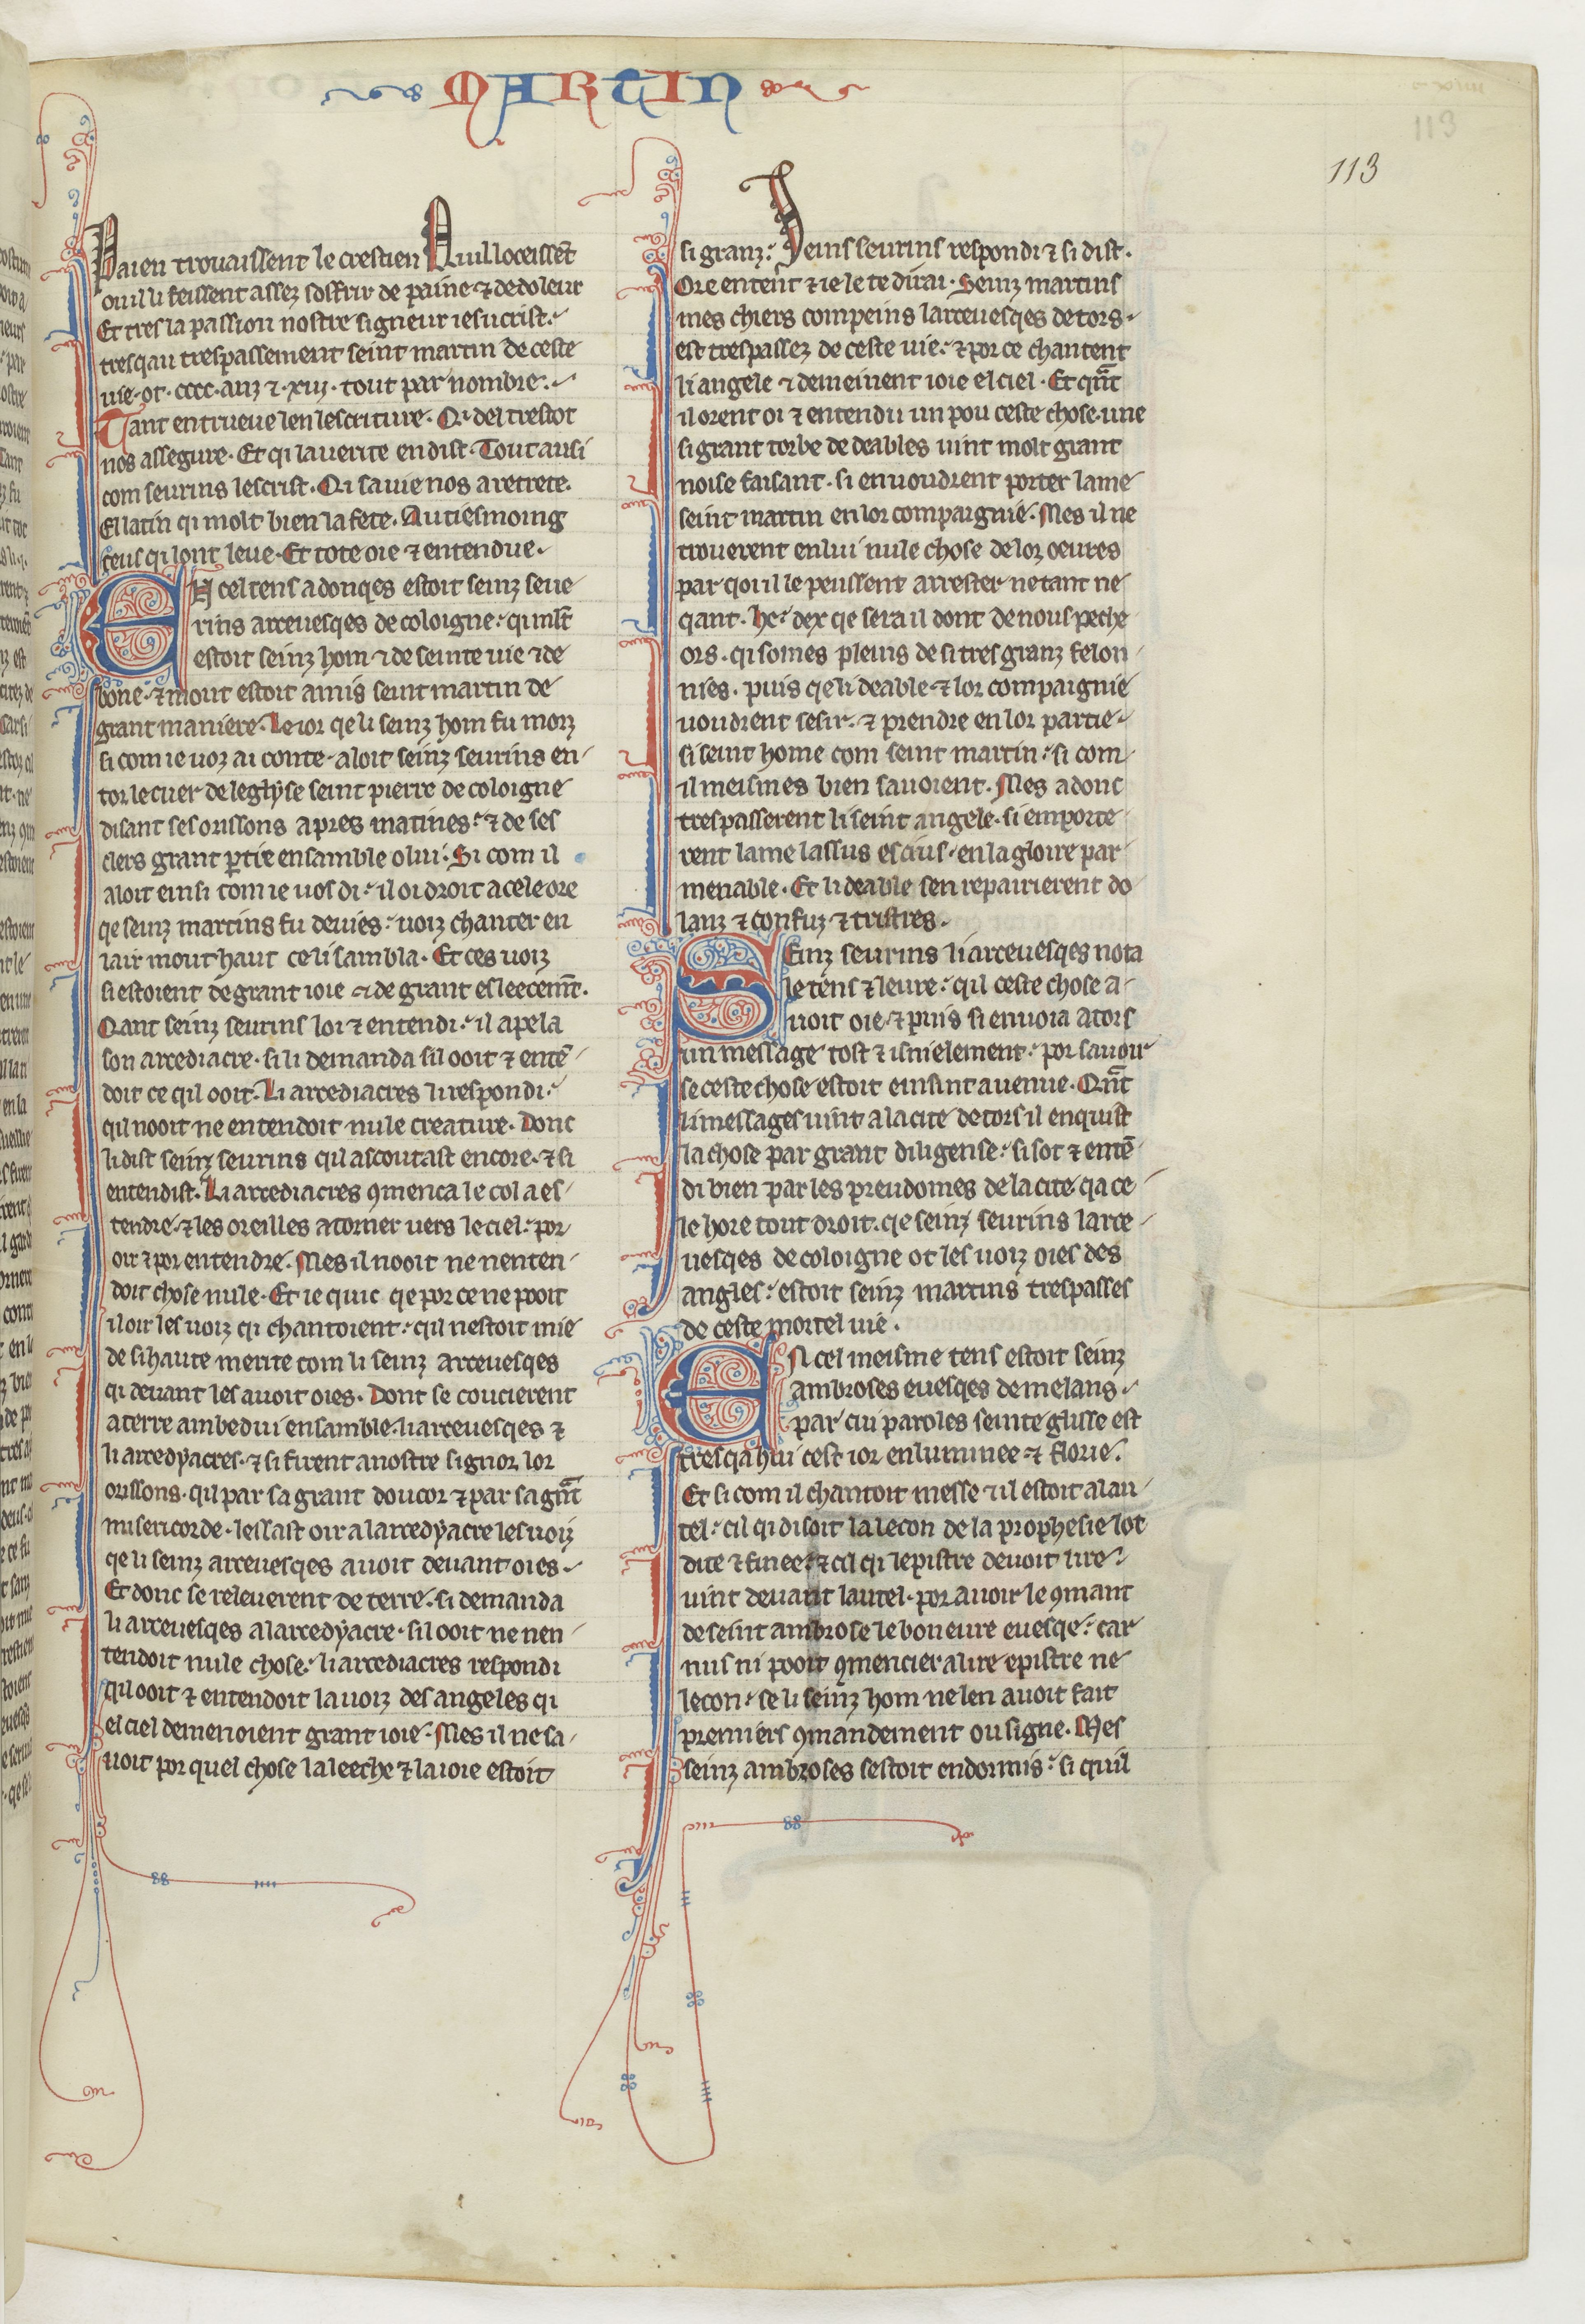
Shelfmark: Paris, BnF, fr. 412
Century: 13